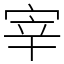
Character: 宰